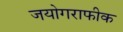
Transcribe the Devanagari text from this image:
जयोगराफीक